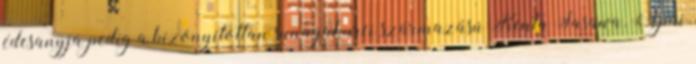
édesanyja pedig a bizonyítottan sunagakurei származású Kenta Sasawa. Apai